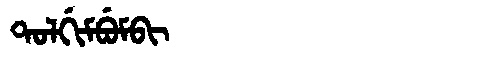
Manchu: ᡨᠣᠯᡤᡳᠮᠪᡠᠮᠪᡳ
Romanization: TOLGIMBUMBI